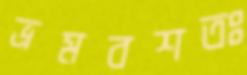
ভ্রমবশতঃ